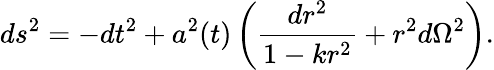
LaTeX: ds^{2}=-dt^{2}+a^{2}(t)\left(\frac{dr^{2}}{1-kr^{2}}+r^{2}d\Omega^{2}\right).